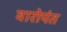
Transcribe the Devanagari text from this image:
वारोपंत